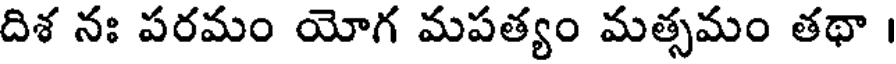
దిశ నః పరమం యోగ మపత్యం మత్సమం తథా ।